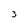
Character: 3